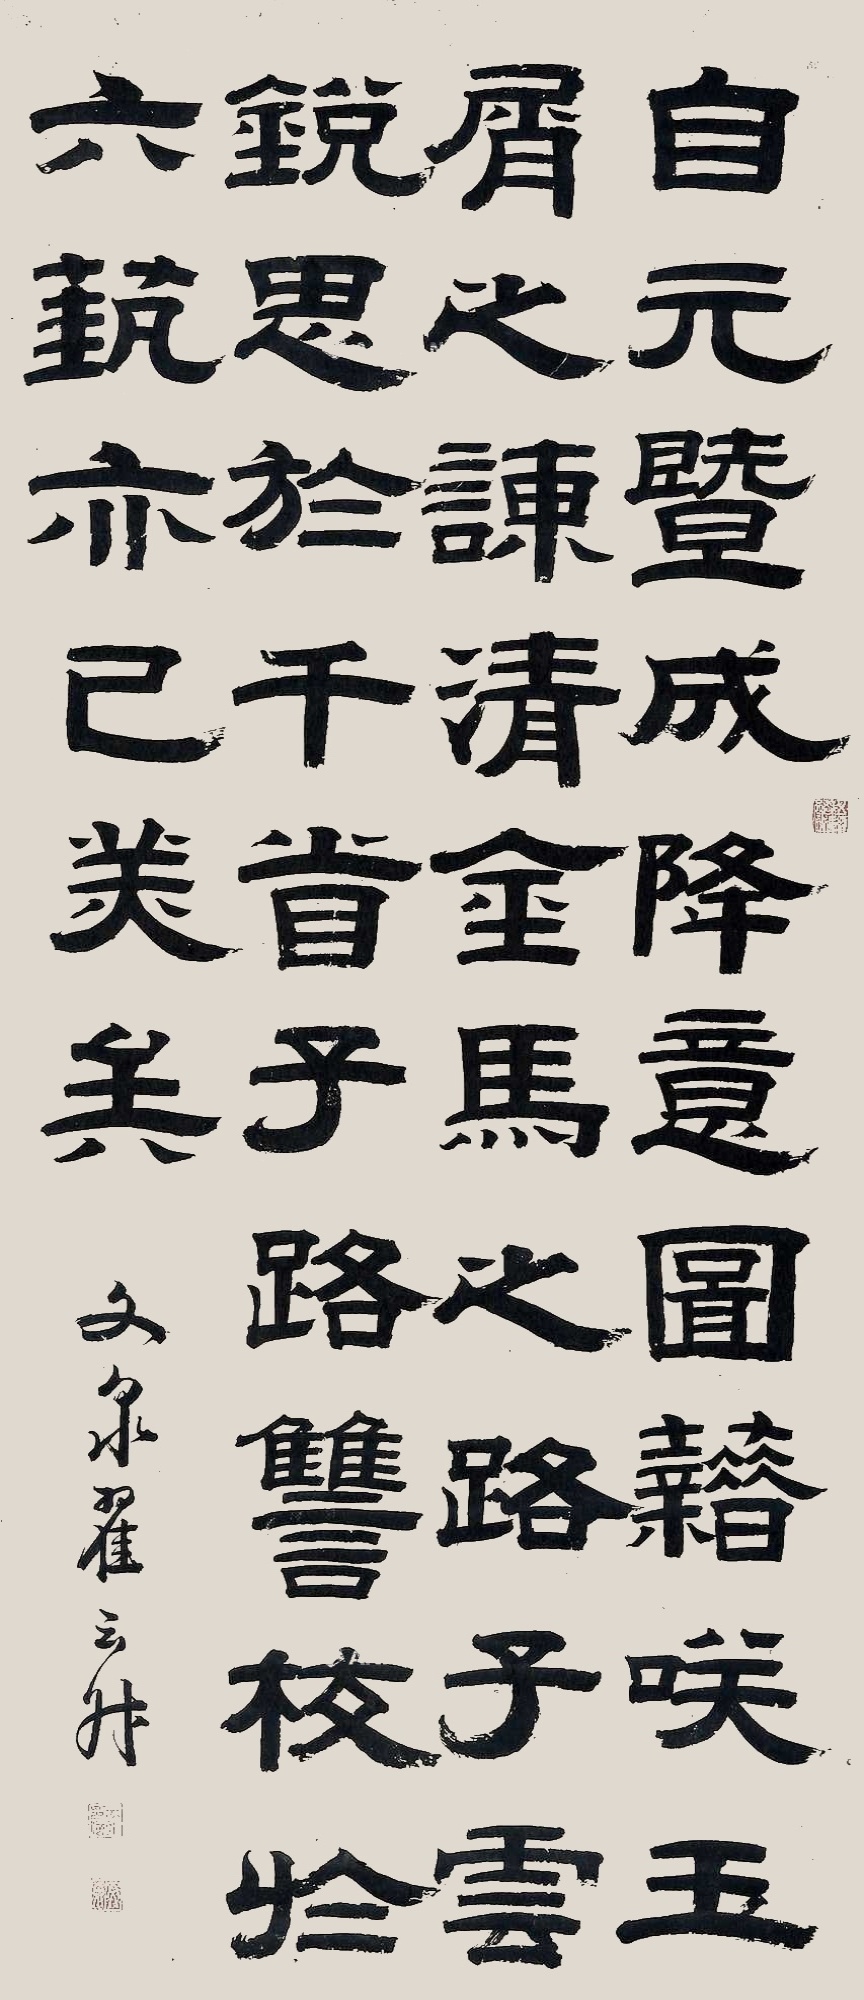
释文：自元暨成，降意图籍，美玉屑之谈，清金马之路。子云锐思于千首，子政雠校于六艺，亦已美矣。文泉翟云升。